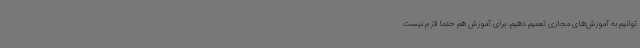
‌توانیم به آموزش‌های مجازی تعمیم دهیم. برای آموزش‌ هم حتماً لازم نیست